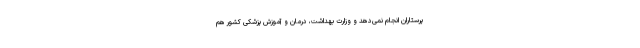
پرستاران انجام نمی‌دهد و وزارت بهداشت، درمان و آموزش پزشکی کشور هم